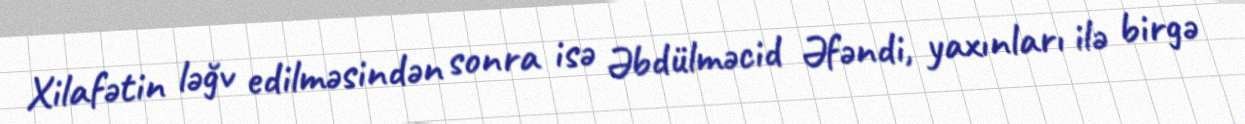
Xilafətin ləğv edilməsindən sonra isə Əbdülməcid Əfəndi, yaxınları ilə birgə